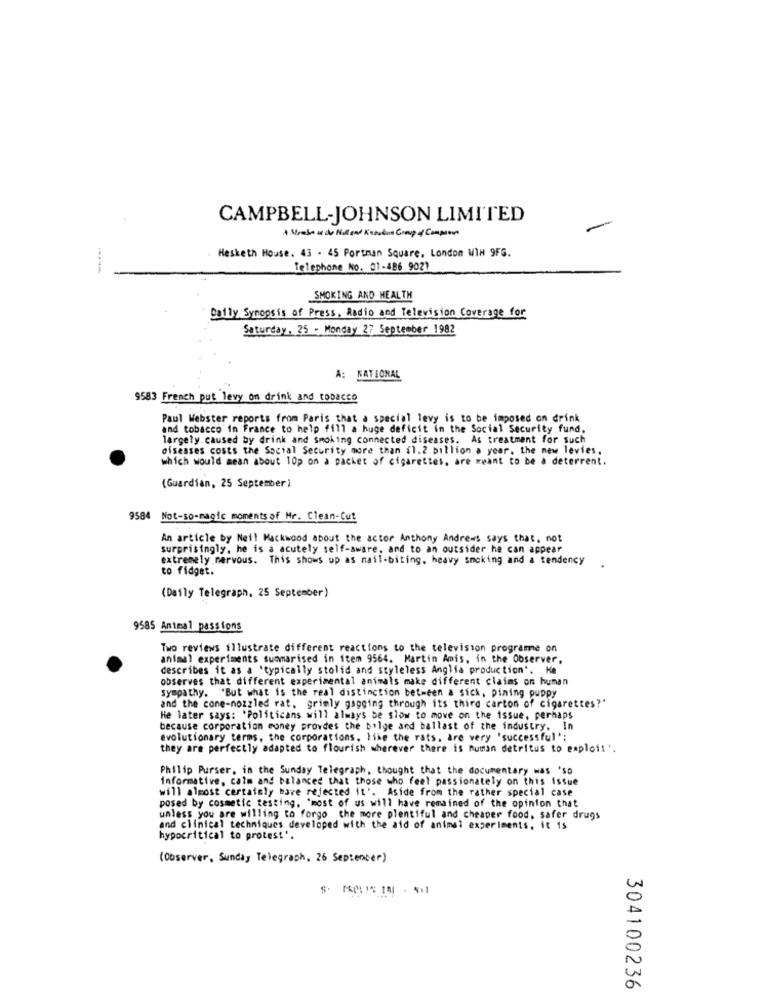
CAMPBELL-JOHNSON LIMITED
Hesketh House. 43 - 45 Portman Square, London WIN 9FG.
Telephone No. 01-486 9021
SMOKING AND HEALTH
Dolly Synopsis of Press, Radio and Television Coverage for
Saturday. 25 - Monday 27 September 1982
A: NATIONAL
9583 French put levy on drink and tobacco
Paul Webster reports from Paris that a special levy is to be imposed on drink
and tobacco in France to help f111 a huge deficit in the Social Security fund.
largely caused by drink and smoking connected diseases. As treatment for such
diseases costs the Social Security more than il.2 billion a year. the new levies.
which would mean about 10p on a packet of cigarettes, are meant to be a deterrent.
(Guardian, 25 September )
9584 Not-so-magic moments of Mr. Clean-Cut
An article by Nell Mackwood about the actor Anthony Andrews says that, not
surprisingly. he is a acutely self-aware, and to an outsider he can appear
extremely mervous. This shows up as mail-biting, heavy smoking and a tendency
to fidget.
(Daily Telegraph, 25 September)
9585 Antmal passions
Two reviews illustrate different reactions to the television programe on
animal experiments suomarised in item 9564. Martin Amis, in the Observer,
describes it as a 'typically stolid and styleless Anglia production". He
observes that different experimental animals make different claims on human
sympathy. "But what is the real distinction between a sick, pining puppy
and the cone-nozzled rat, grimly gagging through its third carton of cigarettes?'
He later says: 'Politicans will always be slow to move on the issue, perhaps
because corporation money provdes the bilge and ballast of the industry. In
evolutionary terms, the corporations, like the rats, are very "successful';
they are perfectly adapted to flourish wherever there is numan detritus to exploit '.
Philip Purser, in the Sunday Telegraph, thought that the documentary was 'so
Informative, calm and balanced that those who feel passionately on this issue
will almost certainly bare rejected it'. Aside from the rather special case
posed by cosmetic testing, "most of us will have remained of the opinion that
unless you are willing to forgo the more plentiful and cheaper food, safer drugs
and clinical techniques developed with the aid of animal experiments, it 1s
hypocritical to protest'.
(Observer, Sunday Telegraph, 26 Sepienser)
304100236